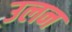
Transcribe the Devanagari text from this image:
उलन